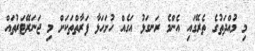
މި މުއްދަތުގެ ތެރޭގައި އެންމެ ރަނގަޅު އަގެއް ހުށަހަޅާ ފަރާތްތަކަށް މި ޖަނަރޭޓަރުތައް